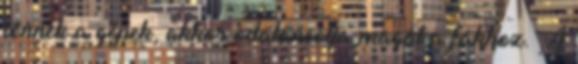
jönnek a gépek, akkor odaláncolja magát a fákhoz. A